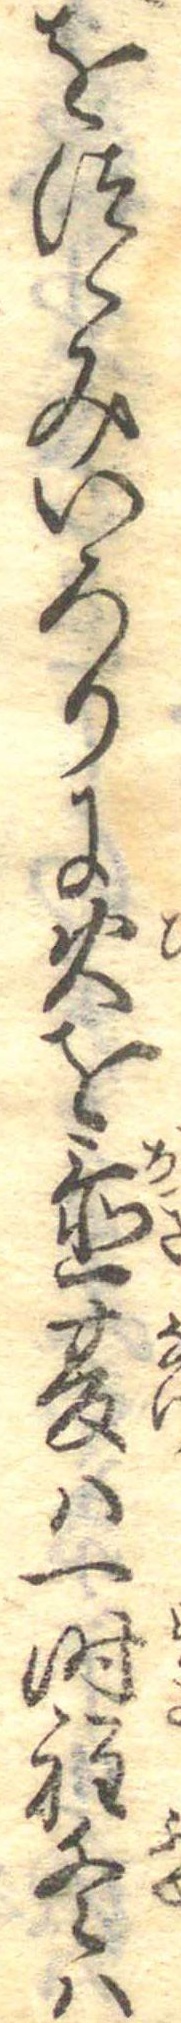
をつゝみいろりに火を置夏は一時程冬は